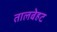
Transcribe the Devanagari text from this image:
तालबेहट